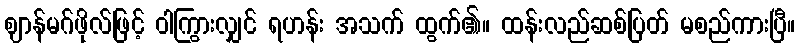
ဈာန်မဂ်ဖိုလ်ဖြင့် ဝါကြွားလျှင် ရဟန်း အသက် ထွက်၏။ ထန်းလည်ဆစ်ပြတ် မစည်ကားပြီ။